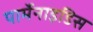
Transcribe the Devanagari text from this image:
पार्मेनाइडिस